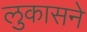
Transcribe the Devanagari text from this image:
लुकासने